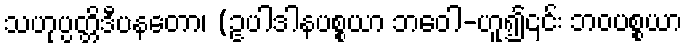
သဟုပ္ပတ္တိဒီပနတော၊ (ဥပါဒါနပစ္စယာ ဘဝေါ-ဟူ၍၎င်း ဘဝပစ္စယာ